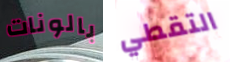
بالونات التقطي